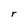
Character: r